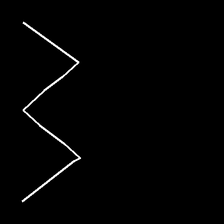
Glyph: crush